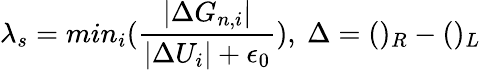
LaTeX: \lambda_{s}=min_{i}(\frac{\left|\Delta G_{n,i}\right|}{\left|\Delta U_{i}\right|+\epsilon_{0}}),\mathrm{~}\Delta=()_{R}-()_{L}